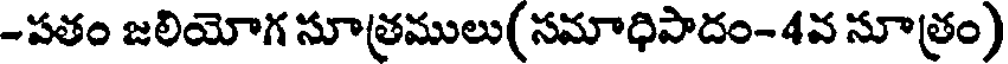
-పతం జలియోగ సూత్రములు( సమాధిపాదం-4వ సూత్రం)